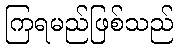
ကြရမည်ဖြစ်သည်